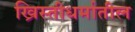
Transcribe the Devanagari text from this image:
ख्रिस्तीधर्मातील